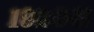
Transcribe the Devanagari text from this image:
१९२०स